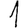
Digit: 1